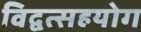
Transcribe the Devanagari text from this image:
विद्वत्सहयोग